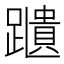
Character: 𨆨